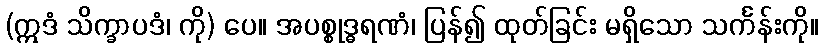
(ဣဒံ သိက္ခာပဒံ၊ ကို) ပေ။ အပစ္စုဒ္ဓရဏံ၊ ပြန်၍ ထုတ်ခြင်း မရှိသော သင်္ကန်းကို။